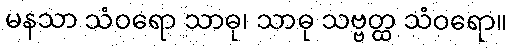
မနသာ သံဝရော သာဓု၊ သာဓု သဗ္ဗတ္ထ သံဝရော။